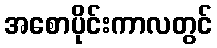
အစောပိုင်းကာလတွင်